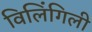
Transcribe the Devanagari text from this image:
विलिंगिली